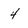
Character: 4